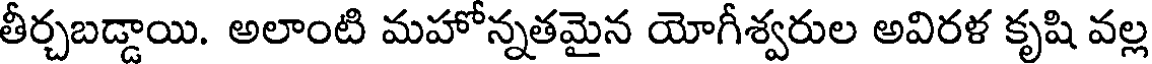
తీర్చబడ్డాయి. అలాంటి మహోన్నతమైన యోగీశ్వరుల అవిరళ కృషి వల్ల